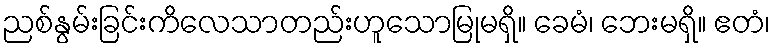
ညစ်နွမ်းခြင်းကိလေသာတည်းဟူသောမြုမရှိ။ ခေမံ၊ ဘေးမရှိ။ ဧတံ၊